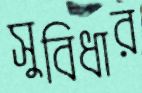
সুবিধার